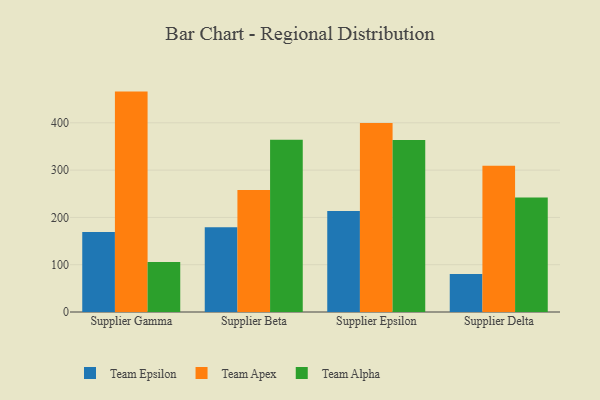
{"axis": {"x": "Supplier", "y": "Bounce Rate (%)"}, "legend": ["Team Alpha", "Team Apex", "Team Epsilon"], "data": [{"x": "Supplier Gamma", "y": 169.0, "type": "Team Epsilon"}, {"x": "Supplier Gamma", "y": 466.0, "type": "Team Apex"}, {"x": "Supplier Gamma", "y": 105.8, "type": "Team Alpha"}, {"x": "Supplier Beta", "y": 179.1, "type": "Team Epsilon"}, {"x": "Supplier Beta", "y": 258.0, "type": "Team Apex"}, {"x": "Supplier Beta", "y": 364.3, "type": "Team Alpha"}, {"x": "Supplier Epsilon", "y": 213.8, "type": "Team Epsilon"}, {"x": "Supplier Epsilon", "y": 399.5, "type": "Team Apex"}, {"x": "Supplier Epsilon", "y": 363.8, "type": "Team Alpha"}, {"x": "Supplier Delta", "y": 80.5, "type": "Team Epsilon"}, {"x": "Supplier Delta", "y": 309.1, "type": "Team Apex"}, {"x": "Supplier Delta", "y": 242.1, "type": "Team Alpha"}]}